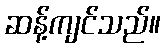
ဆန့်ကျင်သည်။